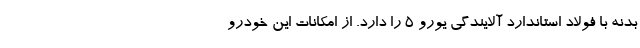
بدنه با فولاد استاندارد آلايندگي يورو ۵ را دارد. از امکانات این خودرو